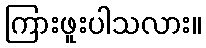
ကြားဖူးပါသလား။